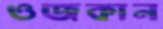
ওজকান